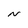
Character: N